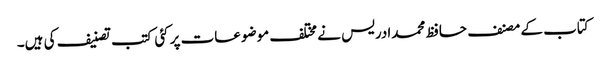
کتاب کے مصنف حافظ محمدادریس نے مختلف موضوعات پر کئی کتب تصنیف کی ہیں۔